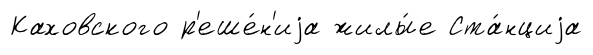
Каховского р'еше́н'иjа жилы́е Ста́нциjа